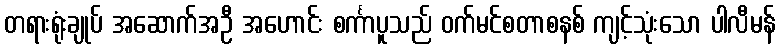
တရားရုံးချုပ် အဆောက်အဦ အဟောင်း စင်္ကာပူသည် ဝက်မင်စတာစနစ် ကျင့်သုံးသော ပါလီမန်